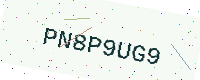
Text: PN8P9UG9